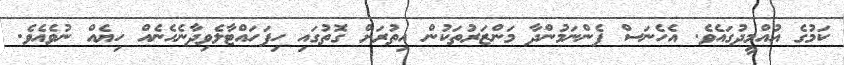
ކަމުގެ އުއްމީދުގައެވެ. އެހެނަސް ފެންނަމުންދާ މަންޒަރުތަކުން އިތުރަށް ގޮތުގައި ހިފަހައްޓާލެވިދާނެހެނެއް ހިޔެއް ނުވެއެވެ.